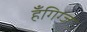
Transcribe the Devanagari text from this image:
हँगिग्ज